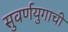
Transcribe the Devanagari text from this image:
सुवर्णयुगाची